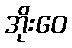
အိုးဝေ